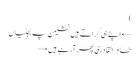
)
← اپنے ہی گراتے ہیں نشیمن پہ بجلیاں
طاہر القادری پھر آرہے ہیں →